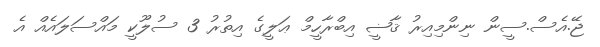
ޖޭ.އެސް.ސީން ނިންމިއިރު ޤާޟީ އިބްރާހީމް ޢަލީގެ އިތުރު 3 ސުލޫކީ މައްސަލައެއް އެ